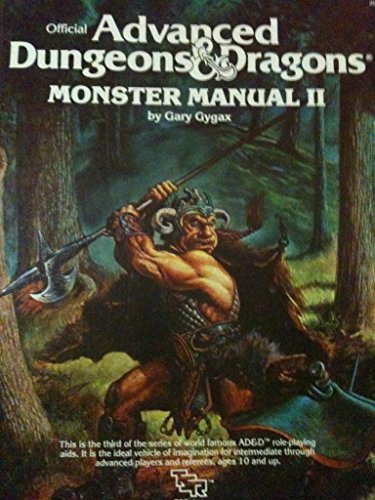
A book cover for Advanced Dungeons and Dragons: Monster Manual II (#2016); Gary Gygax; Science Fiction & Fantasy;